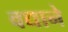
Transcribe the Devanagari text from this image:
वधाने